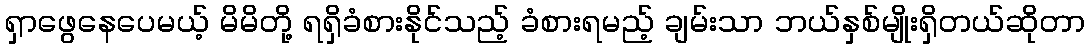
ရှာဖွေနေပေမယ့် မိမိတို့ ရရှိခံစားနိုင်သည့် ခံစားရမည့် ချမ်းသာ ဘယ်နှစ်မျိုးရှိတယ်ဆိုတာ